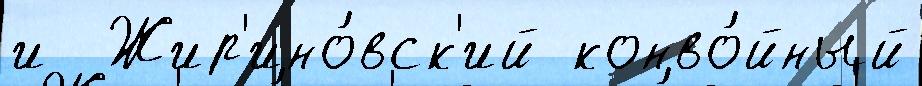
и  Жир'ино́вск'ий конво́йный